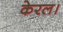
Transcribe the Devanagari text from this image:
केरल।